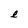
Character: l